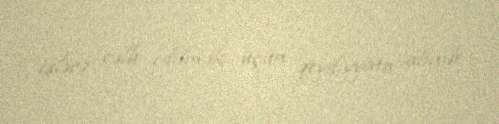
işlərə cəlb edilmək üçün qeydiyyata alınıb.